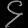
Digit: ၄